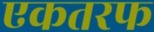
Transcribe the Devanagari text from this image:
एकतरफ